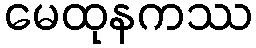
မေထုနကဿ